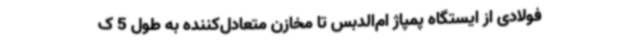
فولادی از ایستگاه پمپاژ ام‌الدبس تا مخازن متعادل‌کننده به طول 5 ک